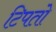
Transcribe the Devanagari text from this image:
टिपतो